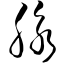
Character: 脉